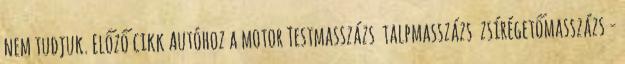
nem tudjuk. Előző cikk Autóhoz a motor Testmasszázs talpmasszázs zsírégetőmasszázs -